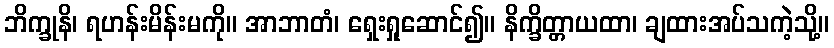
ဘိက္ခုနိ၊ ရဟန်းမိန်းမကို။ အာဘာတံ၊ ရှေးရှုဆောင်၍။ နိက္ခိတ္တာယထာ၊ ချထားအပ်သကဲ့သို့။